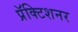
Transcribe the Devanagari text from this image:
प्रॅक्टिशनर